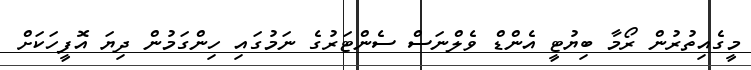
މީގެއިތުރުން ރޯމާ ބިޔުޓީ އެންޑް ވެލްނަސް ސެންޓަރުގެ ނަމުގައި ހިންގަމުން ދިޔަ އޮފީހަކަށް